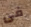
فى